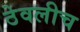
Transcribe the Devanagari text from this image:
ठेवलीच